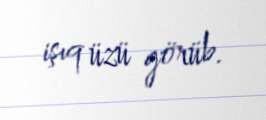
işıq üzü görüb.